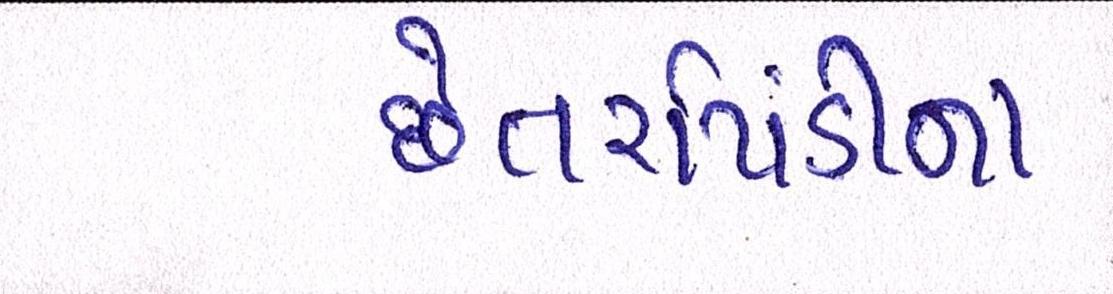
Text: છેતરપિંડીના